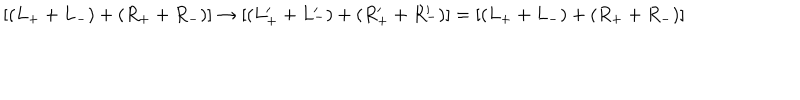
\left[ ( L _ { + } + L _ { - } ) + ( R _ { + } + R _ { - } ) \right] \rightarrow \left[ ( L _ { + } ^ { \prime } + L _ { - } ^ { \prime } ) + ( R _ { + } ^ { \prime } + R _ { - } ^ { \prime } ) \right] = \left[ ( L _ { + } + L _ { - } ) + ( R _ { + } + R _ { - } ) \right]